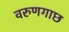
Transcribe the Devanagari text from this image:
वरुणगाछ